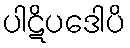
ပါဋိပဒေါပိ